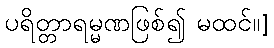
ပရိတ္တာရမ္မဏဖြစ်၍ မထင်။]